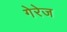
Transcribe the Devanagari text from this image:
गेरेज